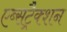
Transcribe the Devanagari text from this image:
एब्सट्रैक्शन